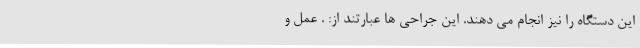
این دستگاه را نیز انجام می دهند. این جراحی ها عبارتند از: . عمل و